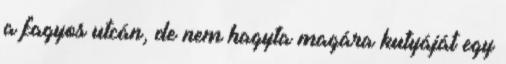
a fagyos utcán, de nem hagyta magára kutyáját egy